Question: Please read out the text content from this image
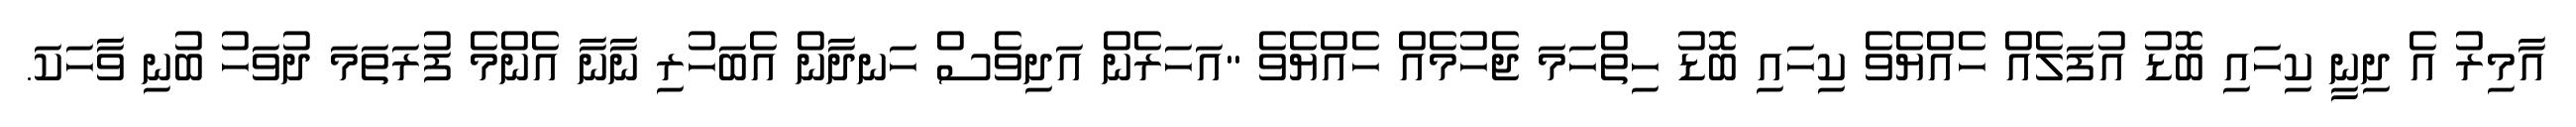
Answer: އާމިރު އެ ދިނީ ކިހައި ބޮޑު އުފަލެއް ހެއްޔެވެ ކިހައި ބޮޑު ހިތްހަމަ ޖެހުމެއް ހެއްޔެވެ "އަހަރެން އަދިވެސް ހަނދާން އެބަހުރި ނާނާ އެންމެ ފުރަތަމަ ދުވަހު ބުނި ވާހަކަ.